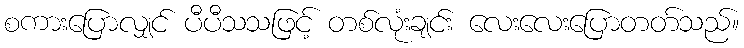
စကားပြောလျှင် ပီပီသသဖြင့် တစ်လုံးချင်း လေးလေးပြောတတ်သည်။